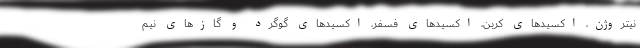
نیتروژن، اکسیدهای کربن، اکسیدهای فسفر، اکسیدهای گوگرد و گازهای نیم